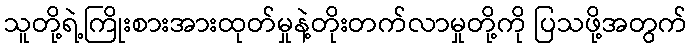
သူတို့ရဲ့ကြိုးစားအားထုတ်မှုနဲ့တိုးတက်လာမှုတို့ကို ပြသဖို့အတွက်